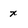
Character: x